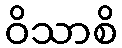
ဝိသာစိ